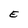
Character: E